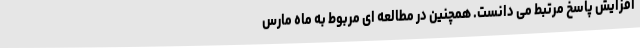
افزایش پاسخ مرتبط می دانست. همچنین در مطالعه ای مربوط به ماه مارس